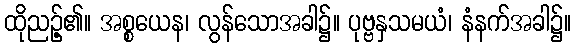
ထိုညဉ့်၏။ အစ္စယေန၊ လွန်သောအခါ၌။ ပုဗ္ဗနှသမယံ၊ နံနက်အခါ၌။